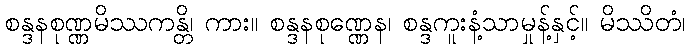
စန္ဒနစုဏ္ဏမိဿကန္တိ၊ ကား။ စန္ဒနစုဏ္ဏေန၊ စန္ဒကူးနံ့သာမှုန့်နှင့်။ မိဿိတံ၊